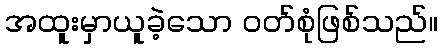
အထူးမှာယူခဲ့သော ဝတ်စုံဖြစ်သည်။